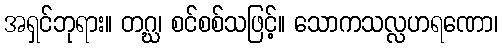
အရှင်ဘုရား။ တဂ္ဃ၊ စင်စစ်သဖြင့်။ သောကသလ္လဟရဏော၊